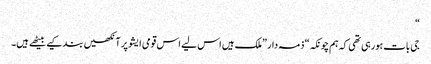
“
جی بات ہورہی تھی کہ ہم چونکہ“ ذمہ دار ”ملک ہیں اس لیے اس قومی ایشو پر آنکھیں بند کیے بیٹھے ہیں۔